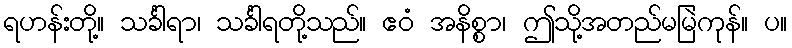
ရဟန်းတို့။ သင်္ခါရာ၊ သင်္ခါရတို့သည်။ ဧဝံ အနိစ္စာ၊ ဤသို့အတည်မမြဲကုန်။ ပ။